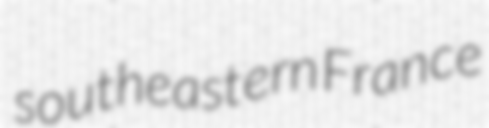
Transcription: southeastern France